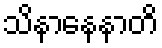
သိနာနေနာတိ